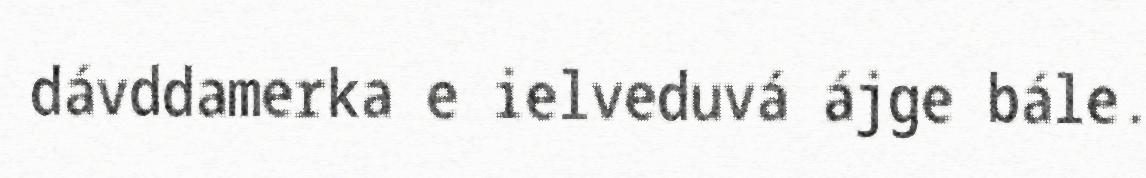
dávddamerka e ielveduvá ájge bále.